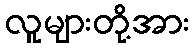
လူများတို့အား